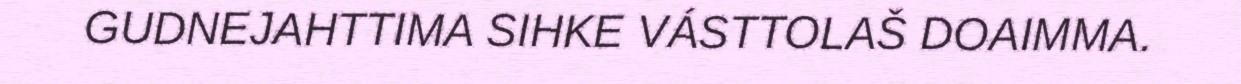
GUDNEJAHTTIMA SIHKE VÁSTTOLAŠ DOAIMMA.